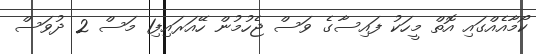
ކޯމާއެއްގައި އޮތް މީހަކު ފައިސާގެ ވަސް ޖެހުމުން ހޭއަރައިފި1 މަސް 2 ދުވަސް